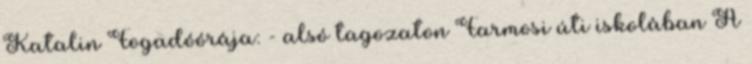
Katalin Fogadóórája: - alsó tagozaton Farmosi úti iskolában A